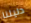
دليلنا